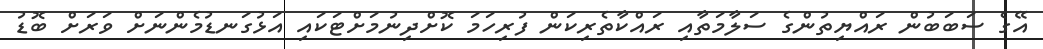
އޭގެ ސަބަބުން ރައްޔިތުންގެ ސަލާމަތާއި ރައްކާތެރިކަން ފުރިހަމަ ކޮށްދިނުމަށްޓަކައި އަޅުގަނޑުމެންނަށް ވަރަށް ބޮޑު